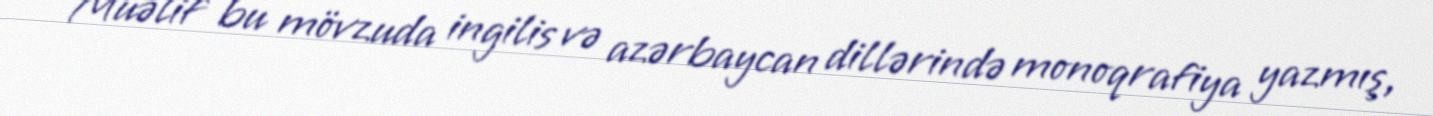
Müəlif bu mövzuda ingilis və azərbaycan dillərində monoqrafiya yazmış,